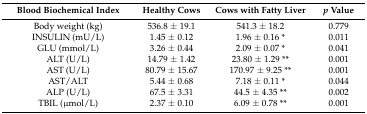
| Blood Biochemical Index | Healthy Cows | Cows with Fatty Liver | p Value |
 | --- | --- | --- | --- |
 | Body weight (kg) | 536.8 ± 19.1 | 541.3 ± 18.2 | 0.779 |
 | INSULIN (mU/L) | 1.45 ± 0.12 | 1.96 ± 0.16 * | 0.011 |
 | GLU (mmol/L) | 3.26 ± 0.44 | 2.09 ± 0.07 * | 0.041 |
 | ALT (U/L) | 14.79 ± 1.42 | 23.80 ± 1.29 ** | 0.001 |
 | AST (U/L) | 80.79 ± 15.67 | 170.97 ± 9.25 ** | 0.001 |
 | AST/ALT | 5.44 ± 0.68 | 7.18 ± 0.11 * | 0.044 |
 | ALP (U/L) | 67.5 ± 3.31 | 44.5 ± 4.35 ** | 0.002 |
 | TBIL (μmol/L) | 2.37 ± 0.10 | 6.09 ± 0.78 ** | 0.001 |